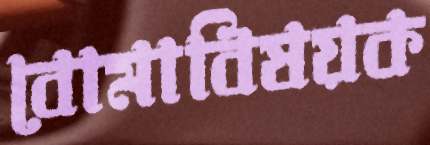
বোমাবিষয়ক